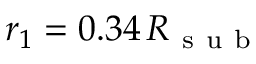
r _ { 1 } = 0 . 3 4 \, R _ { \mathrm { ~ s ~ u ~ b ~ } }